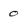
Character: 0